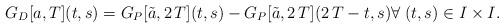
LaTeX: \begin{align*}G_D[a,T](t,s)=G_P[\tilde a,2\,T](t,s)-G_P[\tilde a,2\,T](2\,T-t,s) \forall \; (t,s)\in I\times I.\end{align*}